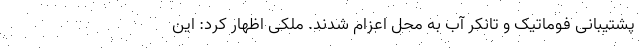
پشتیبانی فوماتیک و تانکر آب به محل اعزام شدند. ملکی اظهار کرد: این